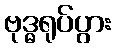
ဗုဒ္ဓရုပ်ပွား